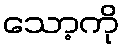
သော့ကို